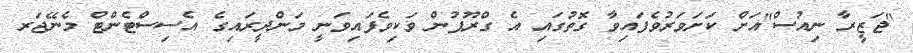
"ޖަޒީރާ ނިއުސް"އަށް ކަށަވަރުވެފައިވާ ގޮތުގައި އެ ގްރޫޕުން ވަކިވެފައިވަނީ މަންދީރައިގެ އެސިސްޓެންޓް މެނޭޖަރ